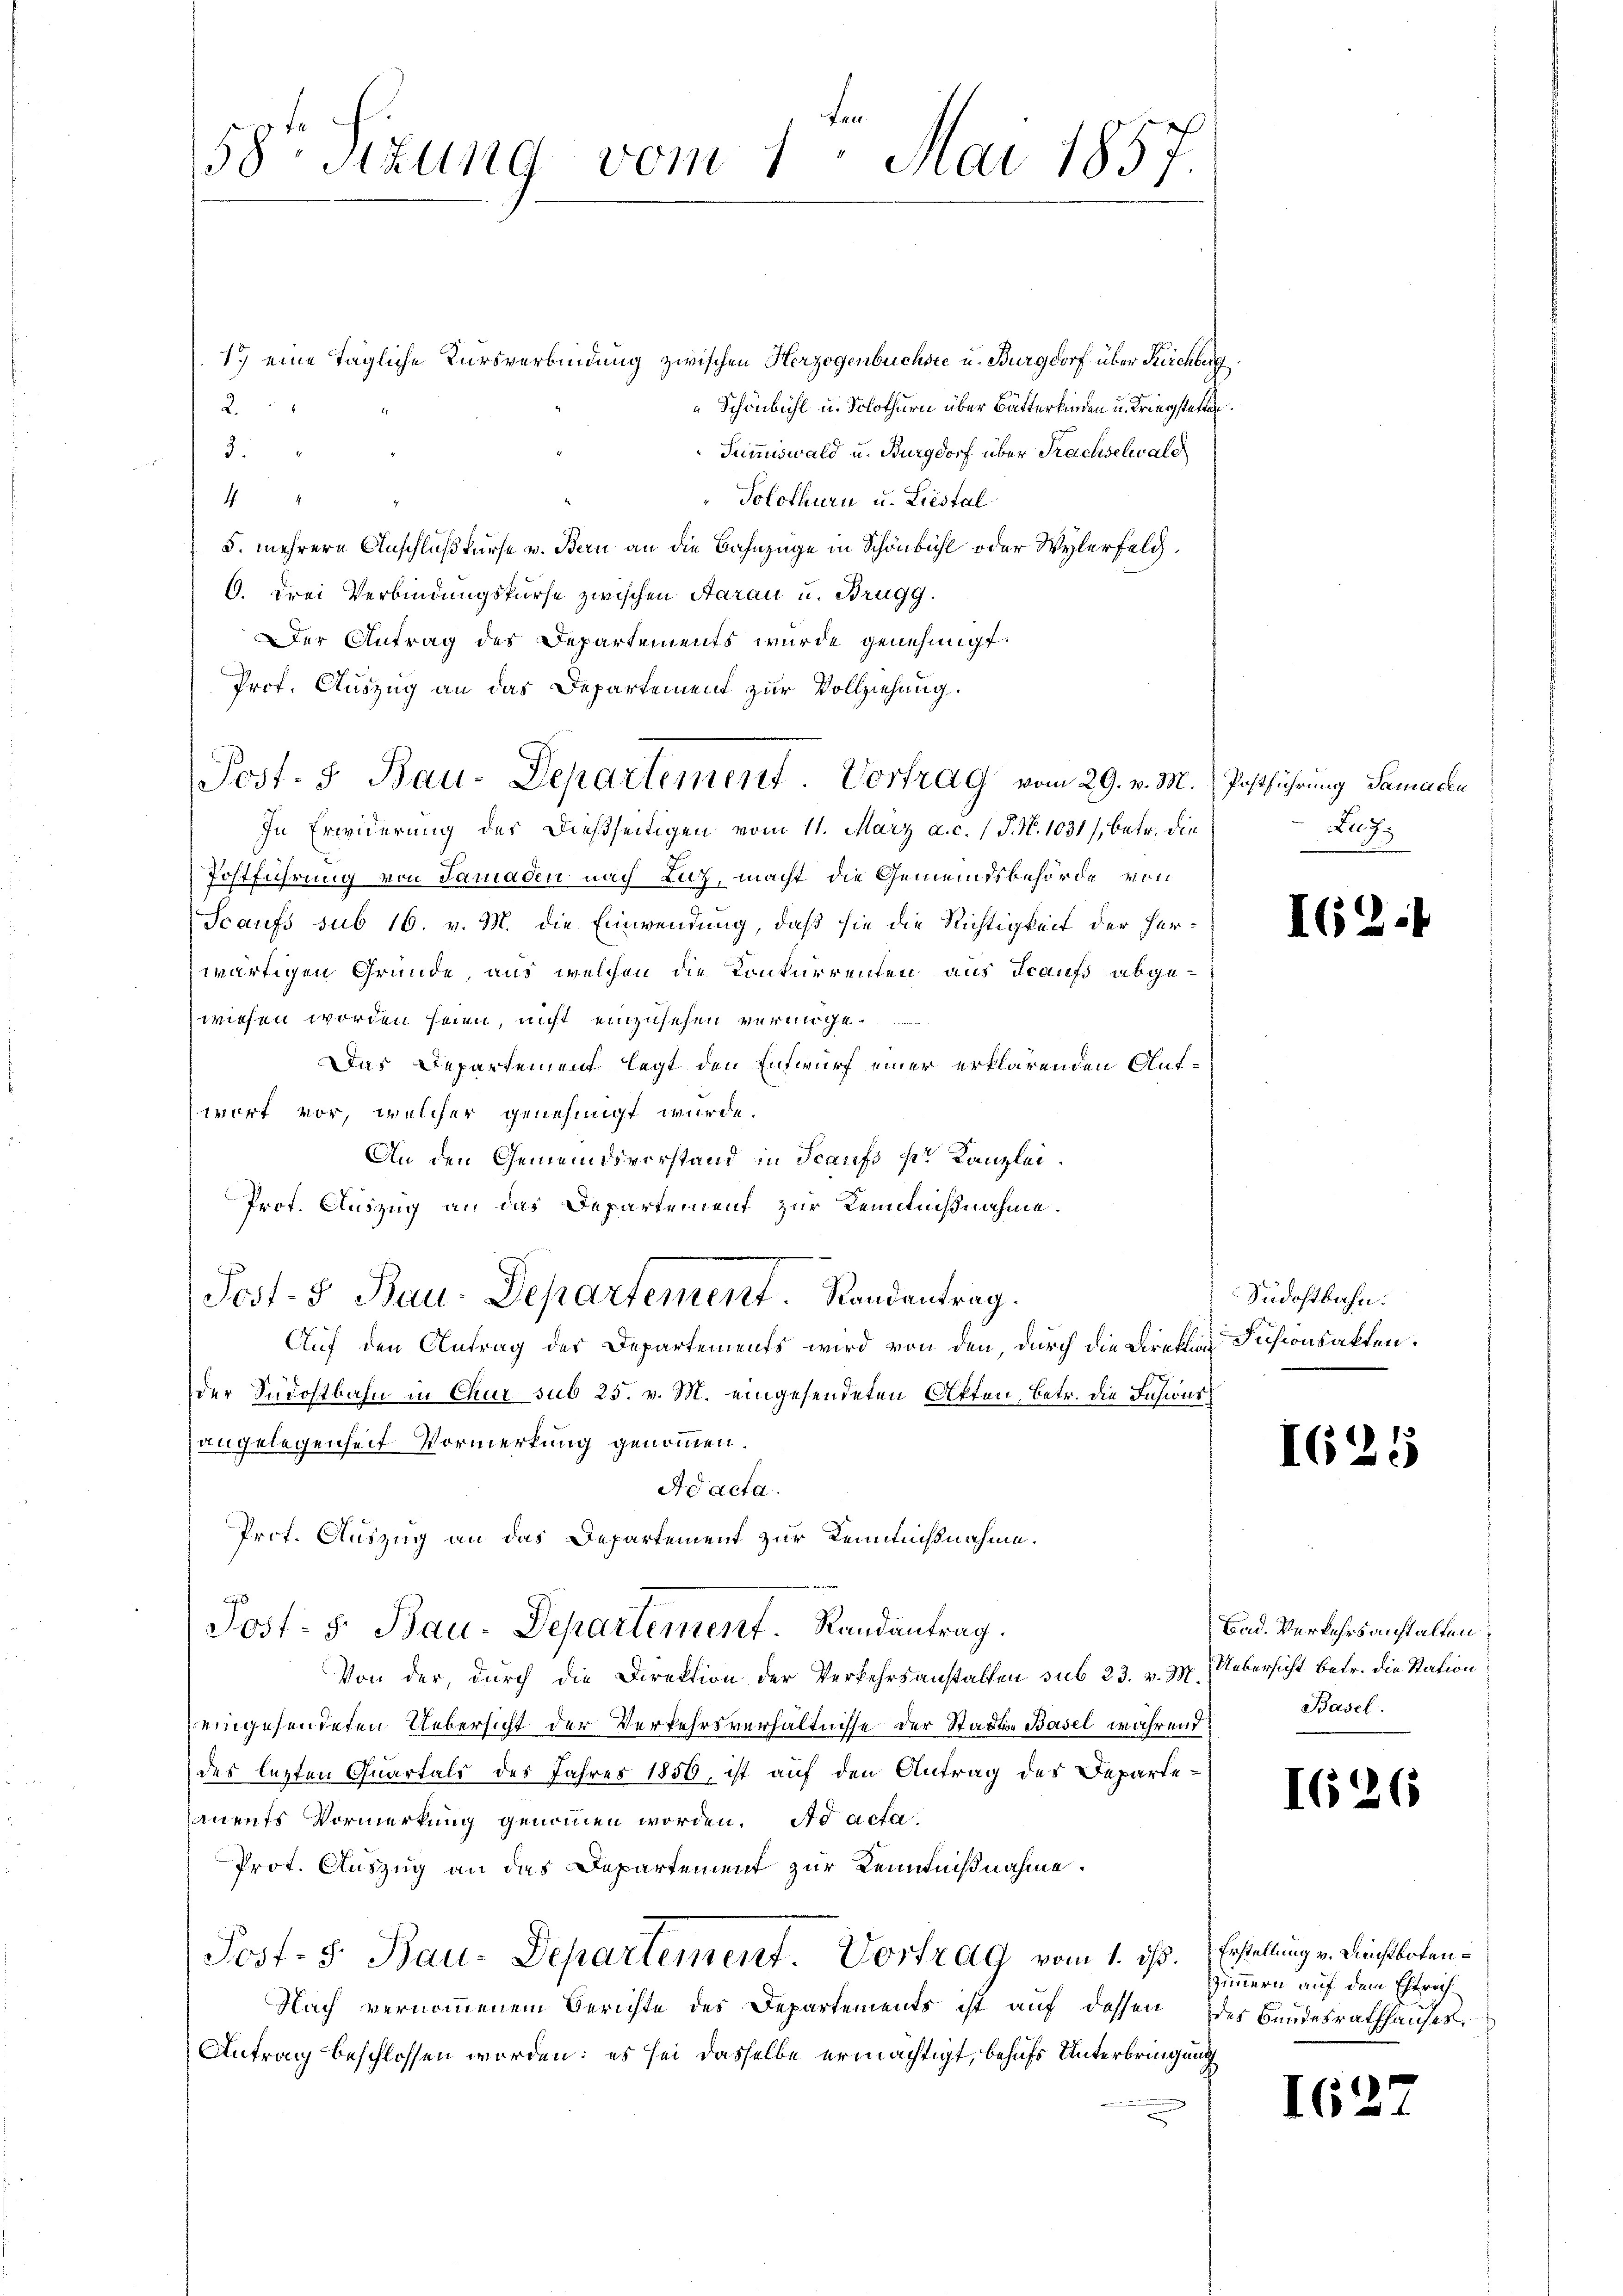
1.) eine tägliche Kursverbindung zwischen Herzogenbüchsee u. Burgdorf über Kirchberg
Schönbühl u. Solothurn aber Batterkinden u. Kriegstatten.
2.
Summiswald u. Burgdorf über Frachselwald

Solothurn u. Liestal
d
5. mehrere Anschlußkurse v. Bern an die Bahnzüge in Schönbühl oder Wylerfelg.
G. drei Verbindungskurse zwischen Aarau u. Brugg.
Der Antrag des Departements wurde genehmigt.
Prof. Auszug an das Departement zur Vollziehung.
In Erwiderung des dießseitigen vom 11. März a.c. (T. N. 1031/, betr. die
Postführung von Samaden nach Luz, macht die Gemeindsbehörde von
Scaufs sub 16. v. M. die Einwendung, daß sie die Richtigkeit der Herwärtigen Gründe, aus welchen die Konkurrenten aus Fraus abge-
wiesen worden seien, nicht einzusehen vermige.
Das Departement legt den Entwurf einer erklärenden Aufwert vor, welcher genehmigt wurde.
An den Gemeindsvorstand in Scaufs pr Kanzlei
Prof. Auszug an das Departement zur Kennßnahme.
Post- 5 Bau-Departement. Randantrag.
Auf den Antrag des Departements wird von den, durch die Direktion Disionsakten.
der Südostbahn in Chur sub 25. v. M. eingesendeten Akten, betr. die Insionszangelegenheit Vormerkung genommen.
Ad acta.
Prot. Auszug an das Departement zur Kenntnißnahme.
Post- 5. Bau-Departement. Randantrag.
Von der, durch die Direktion der Verkehrsanstalten sub 23. v. 3. Uebersicht betr. die Station
eingesendeten Uebersicht der Verkehrsverhältnisse der Stadte Basel während
des lezten Quartals des Jahres 1856, ist auf den Antrag des Departeanents Vormerkung genommen worden. Ad acta
Prot. Auszug an das Departement zur Kenntnißnahme.
Post- 5. Bau-Departement. Vortrag vom 1. ist. Erstellung v. Dienstboten¬
Nach vernommenem Berichte des Departements ist auf dessen des Bandesrathhauses
Antrag beschlossen worden; es sei dasselbe ermächtigt, behufs Unterbringung

58ten Sizung vom 1. Mai 1857.

Post. S. Bau-Departement Vortrag vom 29. v. M. Postführung Samache

L. J

I62.

Südostbahn.

I625

Bad. Verkehrsanstalten:
Basel.

I626

Zimmern auf dem Estrich

I27